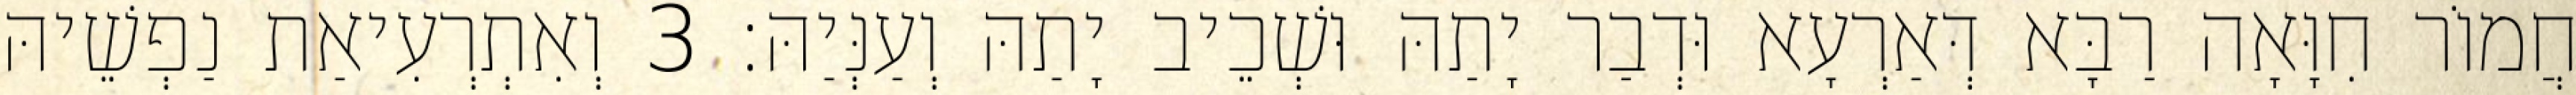
חֲמוֹר חִוָּאָה רַבָּא דְּאַרְעָא וּדְבַר יָתַהּ וּשְׁכֵיב יָתַהּ וְעַנְּיַהּ׃ 3 וְאִתְרְעִיאַת נַפְשֵׁיהּ